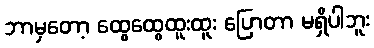
ဘာမှတော့ ထွေထွေထူးထူး ပြောတာ မရှိပါဘူး